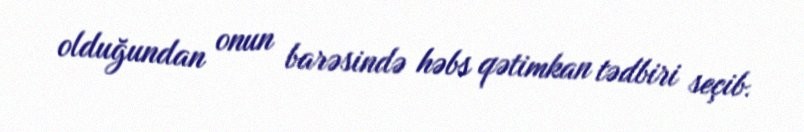
olduğundan onun barəsində həbs qətimkan tədbiri seçib.